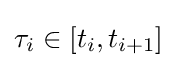
\tau _{i}\in [t_{i},t_{i+1}]